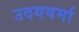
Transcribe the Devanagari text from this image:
उदयवर्मा